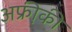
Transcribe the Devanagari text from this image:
अफ्री़की